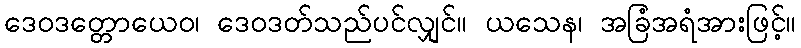
ဒေဝဒတ္တောယေဝ၊ ဒေဝဒတ်သည်ပင်လျှင်။ ယသေန၊ အခြံအရံအားဖြင့်။